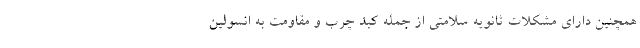
همچنین دارای مشکلات ثانویه سلامتی از جمله کبد چرب و مقاومت به انسولین